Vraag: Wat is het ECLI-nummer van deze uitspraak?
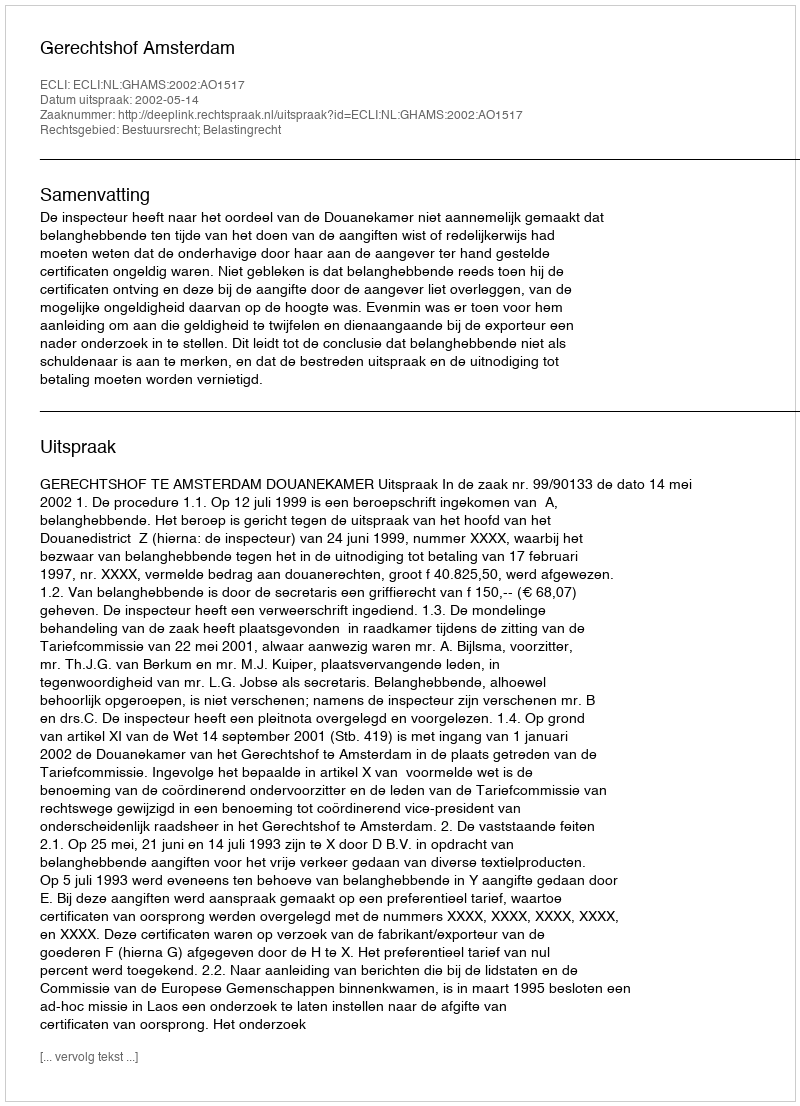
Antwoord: ECLI:NL:GHAMS:2002:AO1517